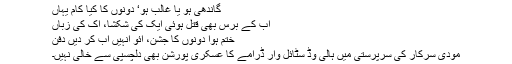
گاندھی ہو یا غالب ہو‘ دونوں کا کیا کام یہاں
اب کے برس بھی قتل ہوئی ایک کی شِکشا، اک کی زباں
ختم ہوا دونوں کا جشن، آئو انہیں اب کر دیں دفن
مودی سرکار کی سرپرستی میں ہالی وُڈ سٹائل وار ڈرامے کا عسکری پورشن بھی دلچسپی سے خالی نہیں۔